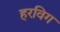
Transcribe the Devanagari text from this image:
हरविग